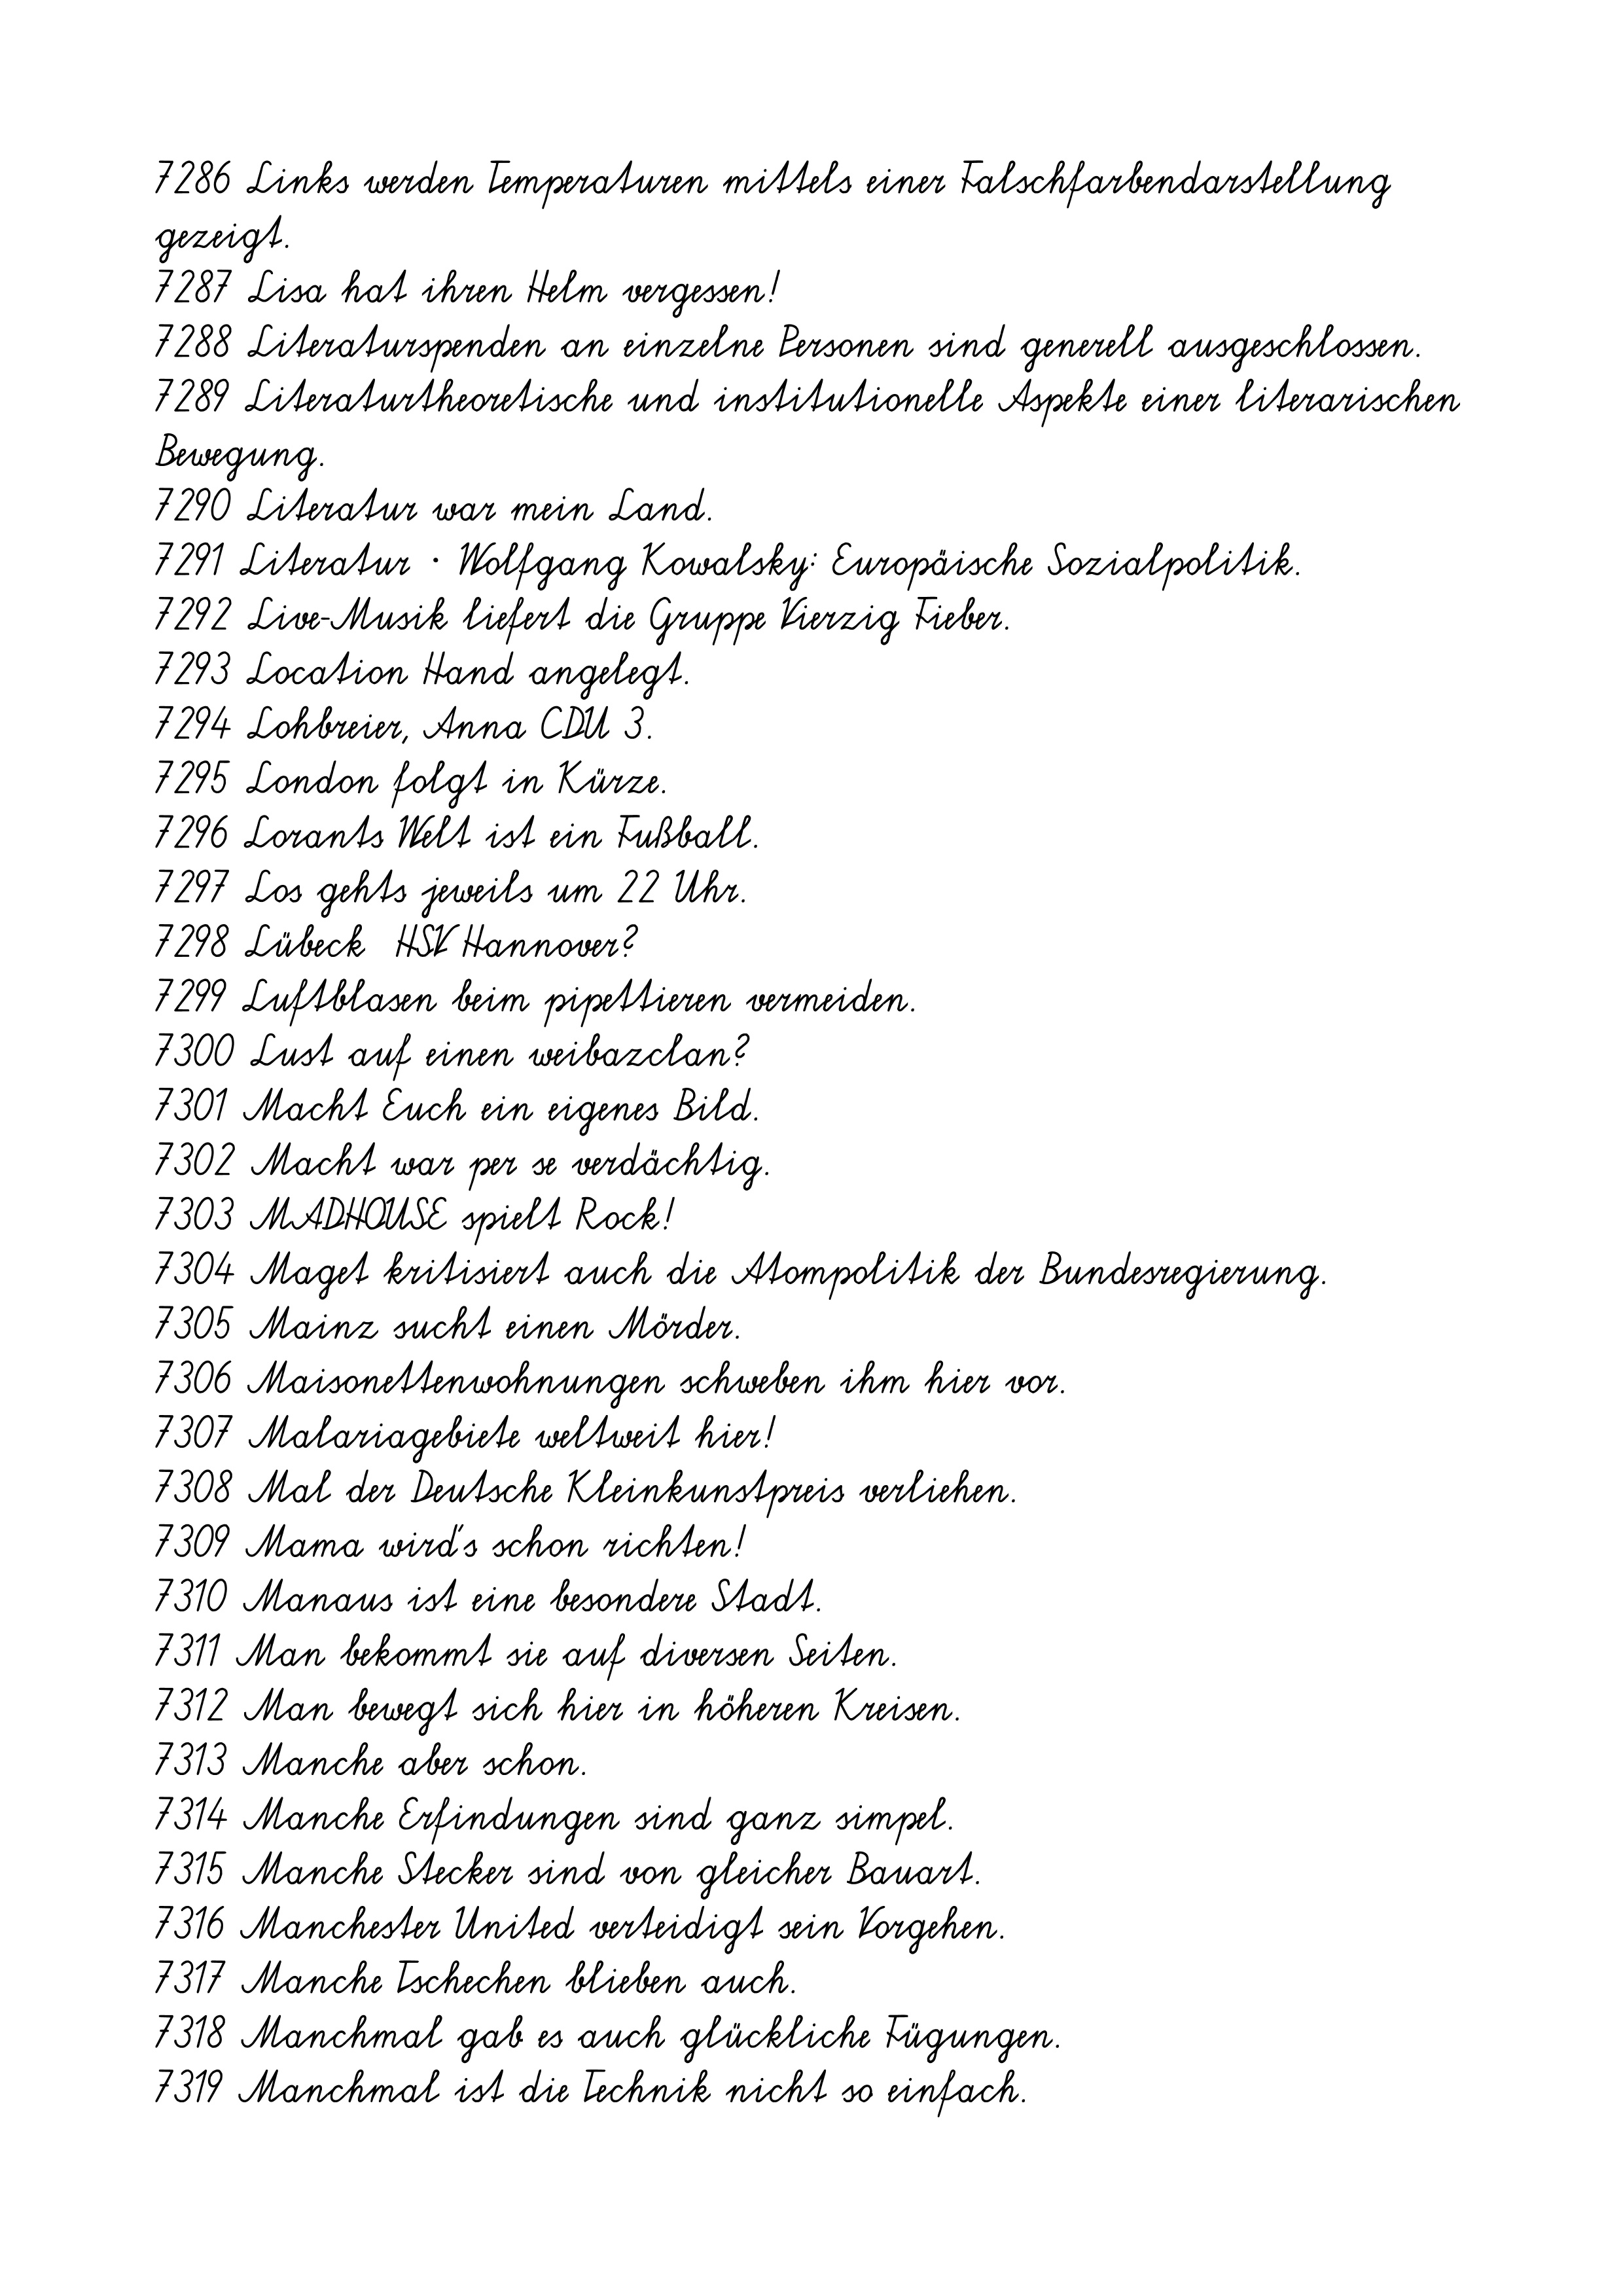
7286 Links werden Temperaturen mittels einer Falschfarbendarstellung
gezeigt.
7287 Lisa hat ihren Helm vergessen!
7288 Literaturspenden an einzelne Personen sind generell ausgeschlossen.
7289 Literaturtheoretische und institutionelle Aspekte einer literarischen
Bewegung.
7290 Literatur war mein Land.
7291 Literatur * Wolfgang Kowalsky: Europäische Sozialpolitik.
7292 Live-Musik liefert die Gruppe Vierzig Fieber.
7293 Location Hand angelegt.
7294 Lohbreier, Anna CDU 3.
7295 London folgt in Kürze.
7296 Lorants Welt ist ein Fußball.
7297 Los gehts jeweils um 22 Uhr.
7298 Lübeck  HSV Hannover?
7299 Luftblasen beim pipettieren vermeiden.
7300 Lust auf einen weibazclan?
7301 Macht Euch ein eigenes Bild.
7302 Macht war per se verdächtig.
7303 MADHOUSE spielt Rock!
7304 Maget kritisiert auch die Atompolitik der Bundesregierung.
7305 Mainz sucht einen Mörder.
7306 Maisonettenwohnungen schweben ihm hier vor.
7307 Malariagebiete weltweit hier!
7308 Mal der Deutsche Kleinkunstpreis verliehen.
7309 Mama wird's schon richten!
7310 Manaus ist eine besondere Stadt.
7311 Man bekommt sie auf diversen Seiten.
7312 Man bewegt sich hier in höheren Kreisen.
7313 Manche aber schon.
7314 Manche Erfindungen sind ganz simpel.
7315 Manche Stecker sind von gleicher Bauart.
7316 Manchester United verteidigt sein Vorgehen.
7317 Manche Tschechen blieben auch.
7318 Manchmal gab es auch glückliche Fügungen.
7319 Manchmal ist die Technik nicht so einfach.